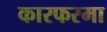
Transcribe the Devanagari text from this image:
कारफरमा